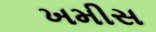
ખમીસ